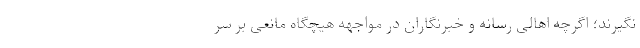
نگیرند؛ اگرچه اهالی رسانه و خبرنگاران در مواجهه هیچگاه مانعی بر سر